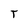
Character: T